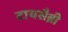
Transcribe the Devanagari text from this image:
टायसैब्री